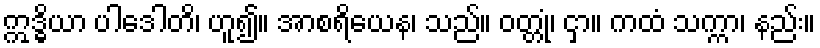
ဣဒ္ဓိယာ ပါဒေါတိ၊ ဟူ၍။ အာစရိယေန၊ သည်။ ဝတ္တုံ၊ ငှာ။ ကထံ သက္ကာ၊ နည်း။